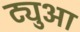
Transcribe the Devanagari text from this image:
ट्युआ